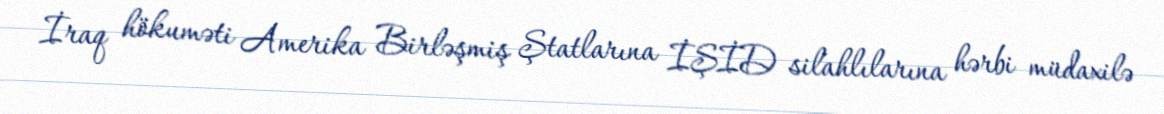
İraq hökuməti Amerika Birləşmiş Ştatlarına İŞİD silahlılarına hərbi müdaxilə